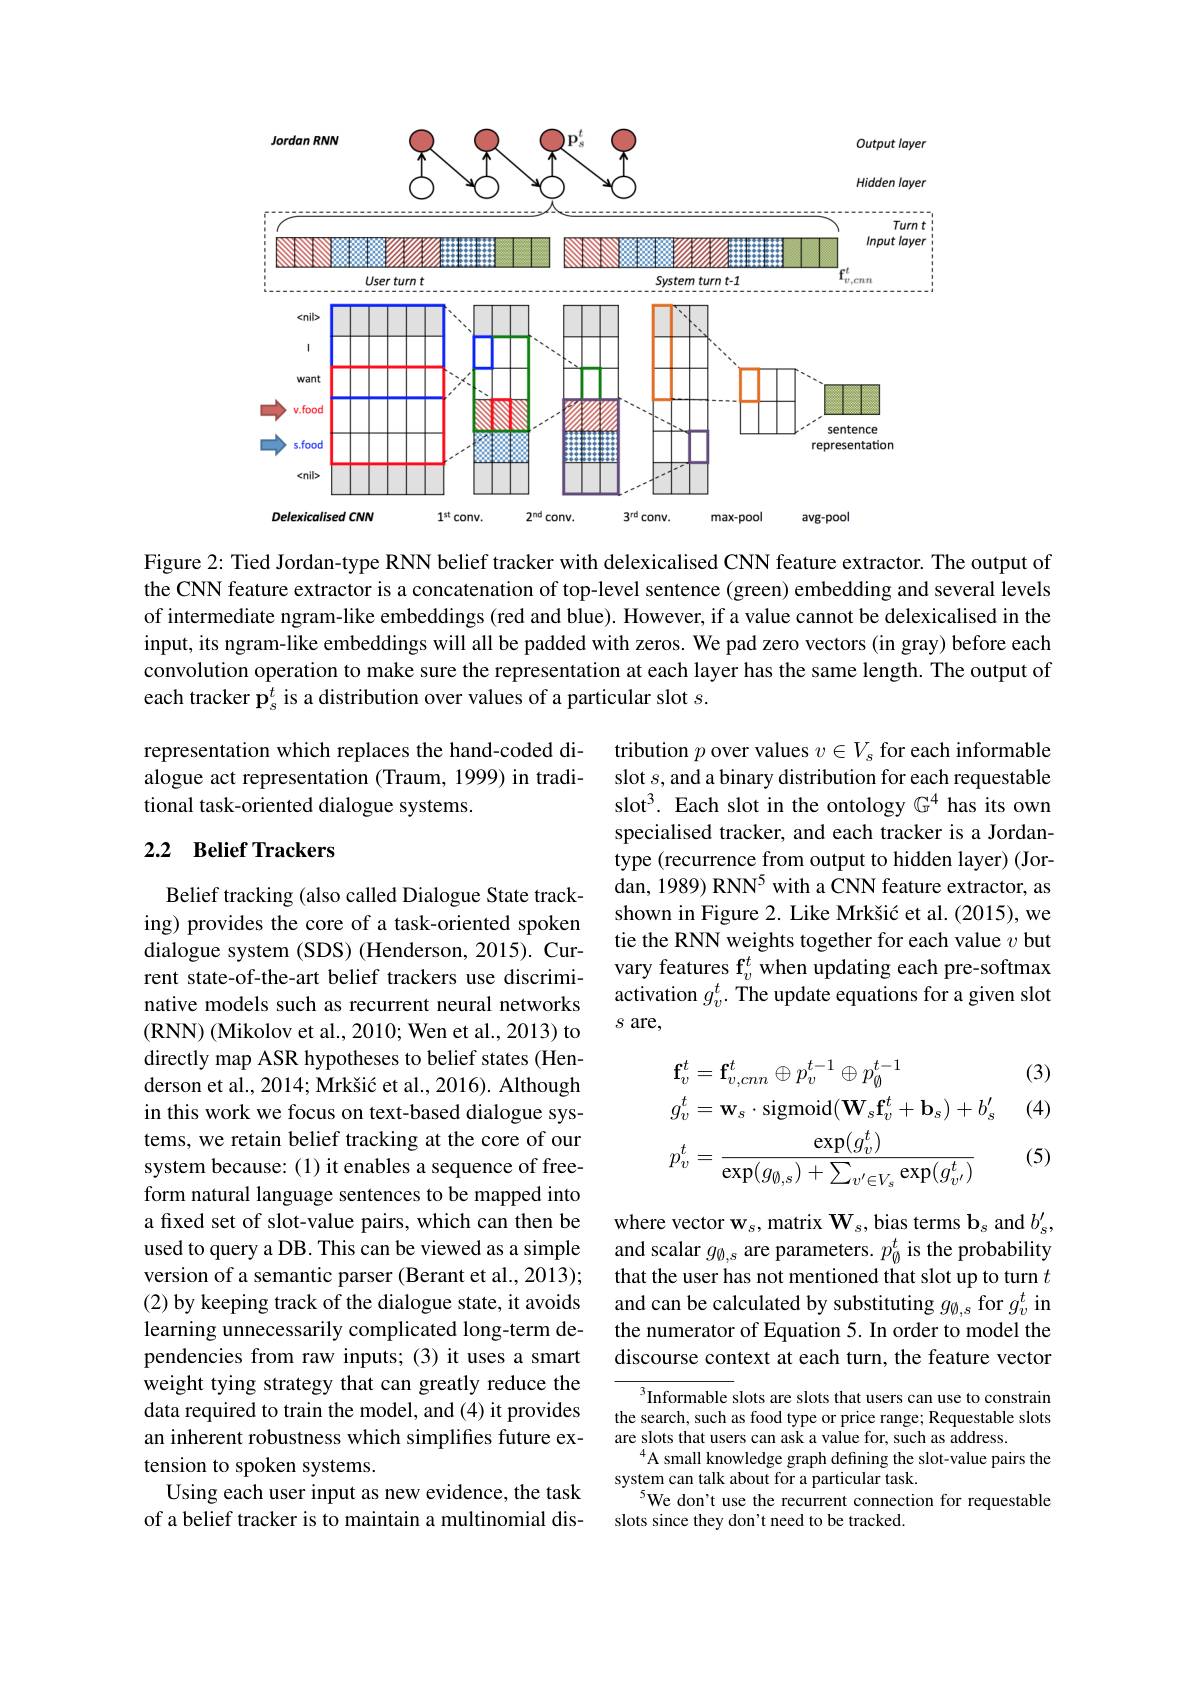
<FigureHere>

Figure 2: Tied Jordan-type RNN belief tracker with delexicalised CNN feature extractor. The output of the CNN feature extractor is a concatenation of top-level sentence (green) embedding and several levels of intermediate ngram-like embeddings (red and blue). However, if a value cannot be delexicalised in the input, its ngram-like embeddings will all be padded with zeros. We pad zero vectors(in gray) before each convolution operation to make sure the representation at each layer has the same length. The output of each tracker $\mathbf{p}_s^t$ is a distribution over values of a particular slot $s.$

representation which replaces the hand-coded di-

alogue act representation (Traum, 1999) in tradi-

tional task-oriented dialogue systems.

## 2.2 Belief Trackers

tribution $p$ over values $v\in V_s$ for each informable slot $s$, and a binary distribution for each requestable slot$^3.$ Each slot in the ontology $\mathbb{G}^4$ has its own specialised tracker, and each tracker is a Jordantype (recurrence from output to hidden layer) (Jordan, 1989) RNN$^5$ with a CNN feature extractor, as shown in Figure 2. Like Mrkšić et al. (2015), we tie the RNN weights together for each value $v$ but vary features $\mathbf{f}_v^t$ when updating each pre-softmax activation $g_v^t.$ The update equations for a given slot $s$ are,

(3)

(4)
$$\begin{aligned}&\mathbf{f}_{v}^{t}=\mathbf{f}_{v,cnn}^{t}\oplus p_{v}^{t-1}\oplus p_{\emptyset}^{t-1}\\&g_{v}^{t}=\mathbf{w}_{s}\cdot\mathrm{sigmoid}(\mathbf{W}_{s}\mathbf{f}_{v}^{t}+\mathbf{b}_{s})+b_{s}^{\prime}\\&p_{v}^{t}=\frac{\exp(g_{v}^{t})}{\exp(g_{\emptyset,s})+\sum_{v^{\prime}\in V_{s}}\exp(g_{v^{\prime}}^{t})}\end{aligned}$$
(5)

Belief tracking (also called Dialogue State tracking) provides the core of a task-oriented spoken dialogue system (SDS) (Henderson, 2015). Current state-of-the-art belief trackers use discriminative models such as recurrent neural networks (RNN) (Mikolov et al., 2010; Wen et al., 2013) to directly map ASR hypotheses to belief states (Henderson et al., 2014; Mrkšić et al., 2016). Although in this work we focus on text-based dialogue systems, we retain belief tracking at the core of our system because: (1) it enables a sequence of freeform natural language sentences to be mapped into a fixed set of slot-value pairs, which can then be used to query a DB. This can be viewed as a simple version of a semantic parser (Berant et al., 2013); (2) by keeping track of the dialogue state, it avoids learning unnecessarily complicated long-term dependencies from raw inputs; (3) it uses a smart weight tying strategy that can greatly reduce the data required to train the model, and (4) it provides an inherent robustness which simplifies future extension to spoken systems.
Using each user input as new evidence, the task of a belief tracker is to maintain a multinomial dis-

where vector $\mathbf{w}_s$,matrix $\mathbf{W}_s$, bias terms $\mathbf{b}_s$ and $b_s^{\prime}$, and scalar $g_\emptyset,s$ are parameters. $p_\emptyset^t$ is the probability that the user has not mentioned that slot up to turn $t$ and can be calculated by substituting $g_{\emptyset,s}$ for $g_v^t$ in the numerator of Equation 5. In order to model the discourse context at each turn, the feature vector

$^3$Informable slots are slots that users can use to constrain the search, such as food type or price range; Requestable slots are slots that users can ask a value for, such as address.
$^{4}$A small knowledge graph defining the slot-value pairs the
system can talk about for a particular task.
$^{5}$We don't use the recurrent connection for requestable
slots since they don't need to be tracked.